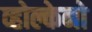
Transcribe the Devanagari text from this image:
व्होल्केनो